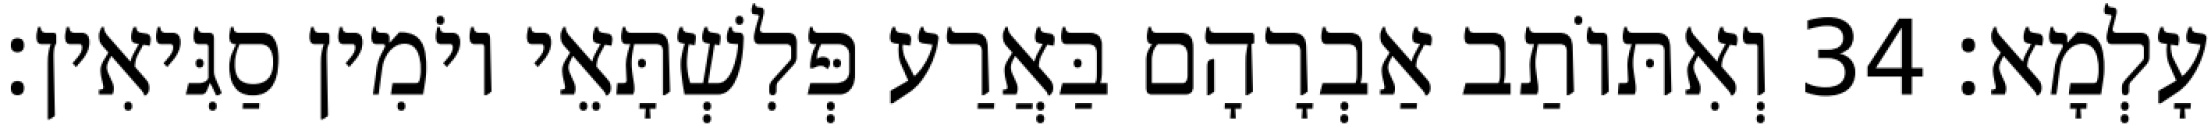
עָלְמָא׃ 34 וְאִתּוֹתַב אַבְרָהָם בַּאֲרַע פְּלִשְׁתָּאֵי יוֹמִין סַגִּיאִין׃